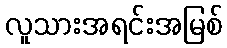
လူသားအရင်းအမြစ်